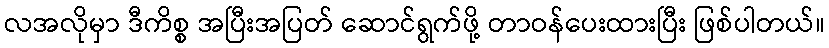
လအလိုမှာ ဒီကိစ္စ အပြီးအပြတ် ဆောင်ရွက်ဖို့ တာဝန်ပေးထားပြီး ဖြစ်ပါတယ်။